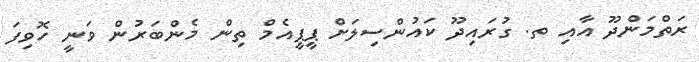
ރަތްމަންދޫ އާއި ތ. ގުރައިދޫ ކައުންސިލަށް ޕީޕީއެމް ތިން މެންބަރުން ވަނީ ހޮވިފަ